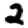
Digit: 2